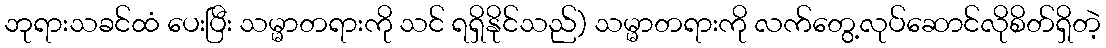
ဘုရားသခင်ထံ ပေးပြီး သမ္မာတရားကို သင် ရရှိနိုင်သည်) သမ္မာတရားကို လက်တွေ့လုပ်ဆောင်လိုစိတ်ရှိတဲ့